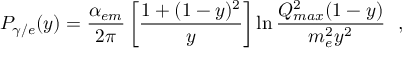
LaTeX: P _ { \gamma / e } ( y ) = \frac { \alpha _ { e m } } { 2 \pi } \left[ \frac { 1 + ( 1 - y ) ^ { 2 } } { y } \right] \ln \frac { Q _ { m a x } ^ { 2 } ( 1 - y ) } { m _ { e } ^ { 2 } y ^ { 2 } } \: \: \: ,